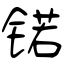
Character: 锘